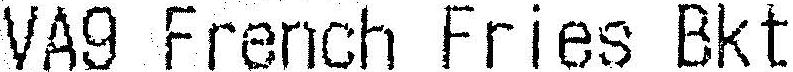
VA9 FRENCH FRIES BKT